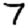
Digit: 7